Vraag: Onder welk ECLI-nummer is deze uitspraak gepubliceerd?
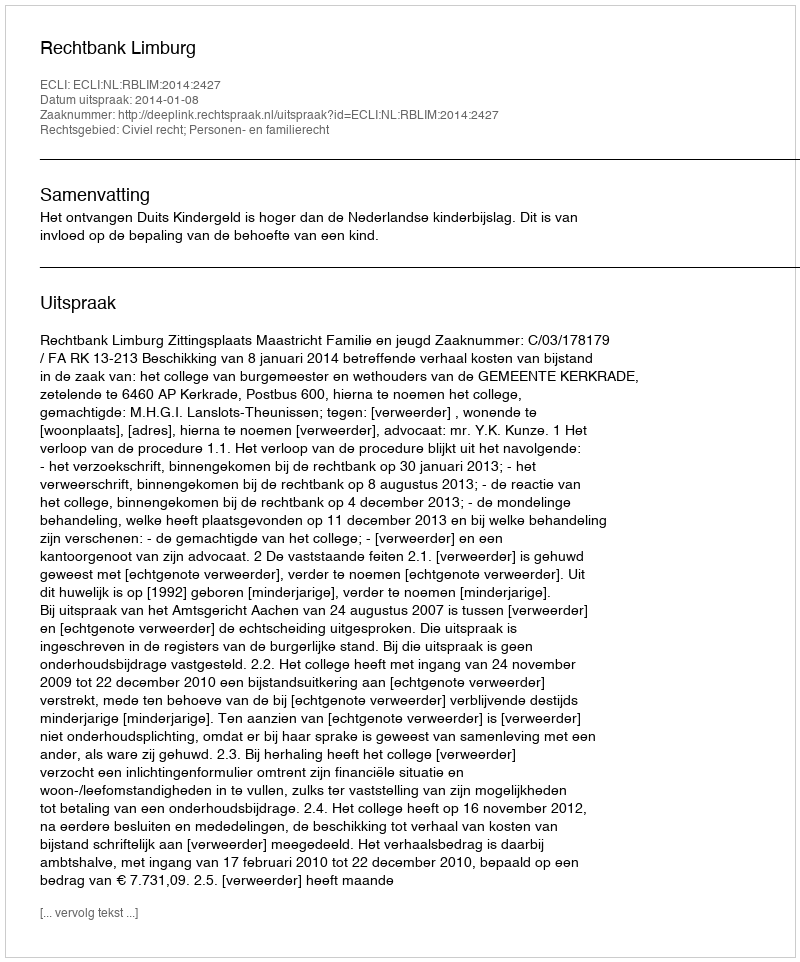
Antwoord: ECLI:NL:RBLIM:2014:2427